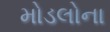
મોડલોના